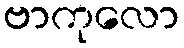
ဗာကုလော